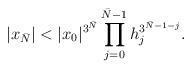
LaTeX: \begin{align*} |x_{\bar N}| < |x_0|^{{3}^{\bar N}}\prod_{j=0}^{\bar N-1} h_{j}^{{3}^{\bar N-1-j}}.\end{align*}